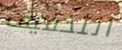
التخفيف